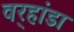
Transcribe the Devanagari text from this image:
वर्‍हांडा